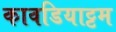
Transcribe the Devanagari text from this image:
कावडियाट्टम